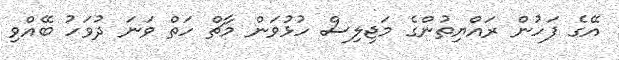
އޭގެ ފަހުން ރައްޔިތުންގެ މަޖިލިސް ހުޅުވަން މާޗް ހަތް ވަނަ ދުވަހު ބޭއްވި